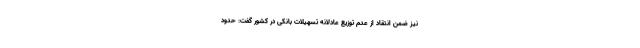
نیز ضمن انتقاد از عدم توزیع عادلانه تسهیلات بانکی در کشور گفت: حدود